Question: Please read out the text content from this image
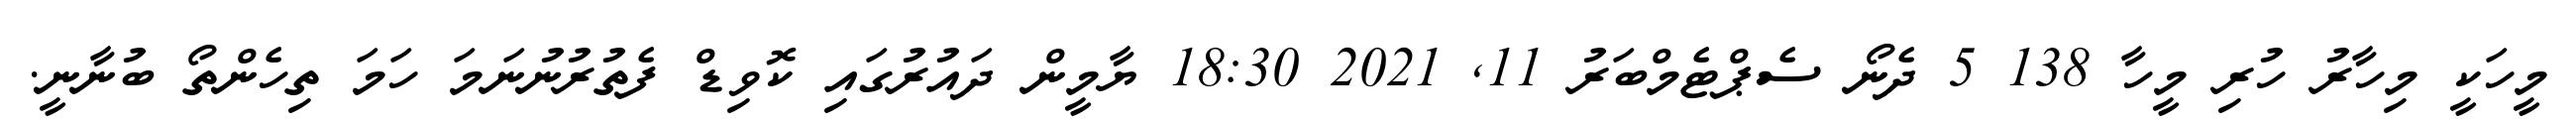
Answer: މީހަކީ މިހާރު ހުރި މީހާ 138 5 ދެނޯ ސެޕްޓެމްބަރު 11, 2021 18:30 ޔާމީން ދައުރުގައި ކޮވިޑް ފެތުރުނުނަމަ ހަމަ ތިހެންތޯ ބުނާނީ.